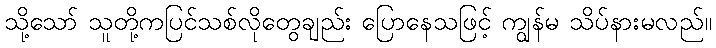
သို့သော် သူတို့ကပြင်သစ်လိုတွေချည်း ပြောနေသဖြင့် ကျွန်မ သိပ်နားမလည်။